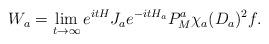
LaTeX: \begin{align*}\begin{aligned}W_a&=\lim_{t\to\infty}e^{itH}J_ae^{-itH_a}P^a_M\chi_a(D_a)^2f.\end{aligned}\end{align*}